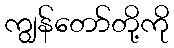
ကျွန်တော်တို့ကို